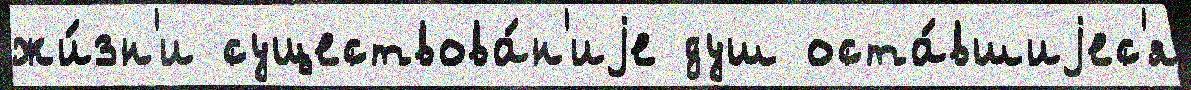
жи́зн'и существова́н'иjе душ оста́вшиjес'я